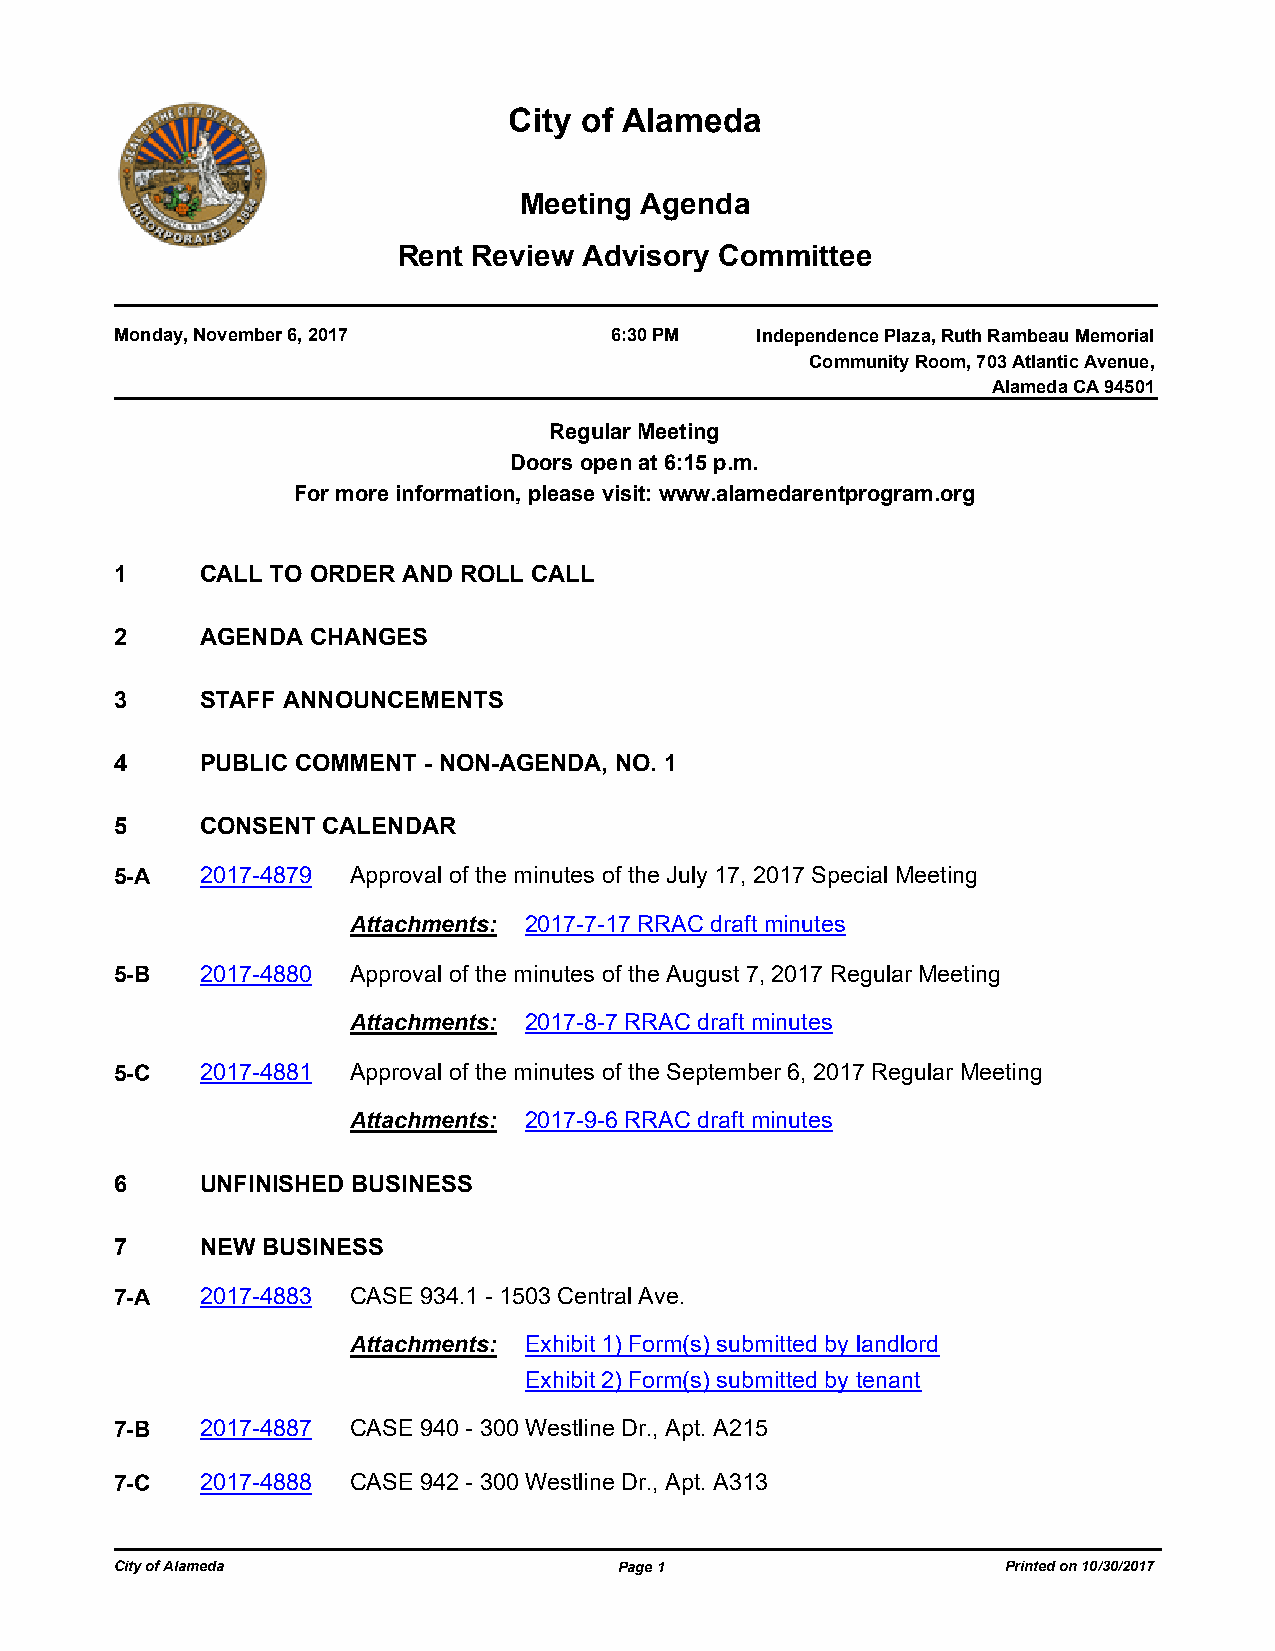
City of Alameda
 Meeting Agenda
 Rent Review  Advisory Committee
 Monday, November 6, 2017        6:30 PM   Independence Plaza, Ruth Rambeau Memorial
 Community Room, 703 Atlantic Avenue,
 Alameda CA 94501
 Regular Meeting
 Doors open at 6:15 p.m.
 For more information, please visit: www.alamedarentprogram.org
 1    CALL TO ORDER AND ROLL CALL
 2    AGENDA CHANGES
 3    STAFF ANNOUNCEMENTS
 4    PUBLIC COMMENT - NON-AGENDA, NO. 1
 5    CONSENT CALENDAR
 5-A  2017-4879 Approval of the minutes of the July 17, 2017 Special Meeting
 Attachments: 2017-7-17 RRAC draft minutes
 5-B  2017-4880 Approval of the minutes of the August 7, 2017 Regular Meeting
 Attachments: 2017-8-7 RRAC draft minutes
 5-C  2017-4881 Approval of the minutes of the September 6, 2017 Regular Meeting
 Attachments: 2017-9-6 RRAC draft minutes
 6    UNFINISHED BUSINESS
 7    NEW BUSINESS
 7-A  2017-4883 CASE 934.1 - 1503 Central Ave.
 Attachments: Exhibit 1) Form(s) submitted by landlord
 Exhibit 2) Form(s) submitted by tenant
 7-B  2017-4887 CASE 940 - 300 Westline Dr., Apt. A215
 7-C  2017-4888 CASE 942 - 300 Westline Dr., Apt. A313
 City of Alameda                  Page 1                    Printed on 10/30/2017